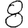
Digit: 8